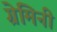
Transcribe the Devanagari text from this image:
ग्रेमिनी